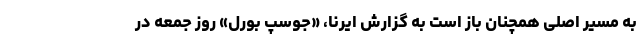
به مسیر اصلی همچنان باز است به گزارش ایرنا، «جوسپ بورل» روز جمعه در